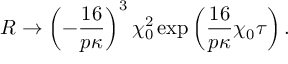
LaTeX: R \rightarrow \left( - \frac { 1 6 } { p \kappa } \right) ^ { 3 } \chi _ { 0 } ^ { 2 } \exp \left( \frac { 1 6 } { p \kappa } \chi _ { 0 } \tau \right) .